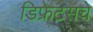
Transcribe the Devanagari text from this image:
डिफ्रेटसचे